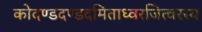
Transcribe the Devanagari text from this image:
कोदण्डदण्डदमिताध्वरजित्वरस्य